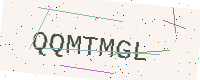
Text: QQMTMGL